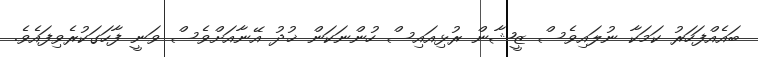
ބައެއްފަހަރު ކަމަކާ ނުލައިވެސް ޒީޝާން ރުޅިއައިސް ހުންނަކަން ޚުދު އޭނާއަށްވެސް ވަނީ ފާހަގަކުރެވިފައެވެ.